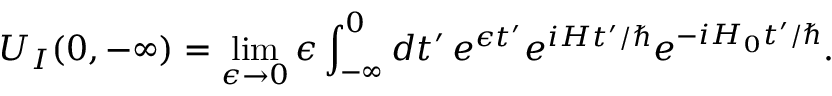
U _ { I } ( 0 , - \infty ) = \operatorname* { l i m } _ { \epsilon \to 0 } \epsilon \int _ { - \infty } ^ { 0 } d t ^ { \prime } \, e ^ { \epsilon t ^ { \prime } } e ^ { i H t ^ { \prime } / \hbar } e ^ { - i H _ { 0 } t ^ { \prime } / \hbar } .